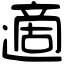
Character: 適